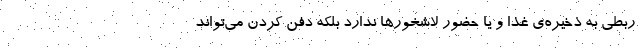
ربطی به ذخیره‌ی غذا و یا حضور لاشخورها ندارد بلکه دفن کردن می‌تواند